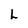
Character: L